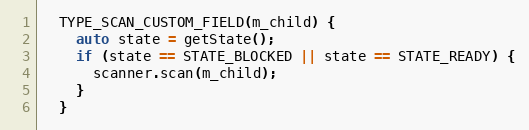
Language: C
  TYPE_SCAN_CUSTOM_FIELD(m_child) {
    auto state = getState();
    if (state == STATE_BLOCKED || state == STATE_READY) {
      scanner.scan(m_child);
    }
  }